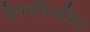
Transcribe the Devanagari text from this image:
लिम्पबिज़किट